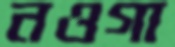
নওগা